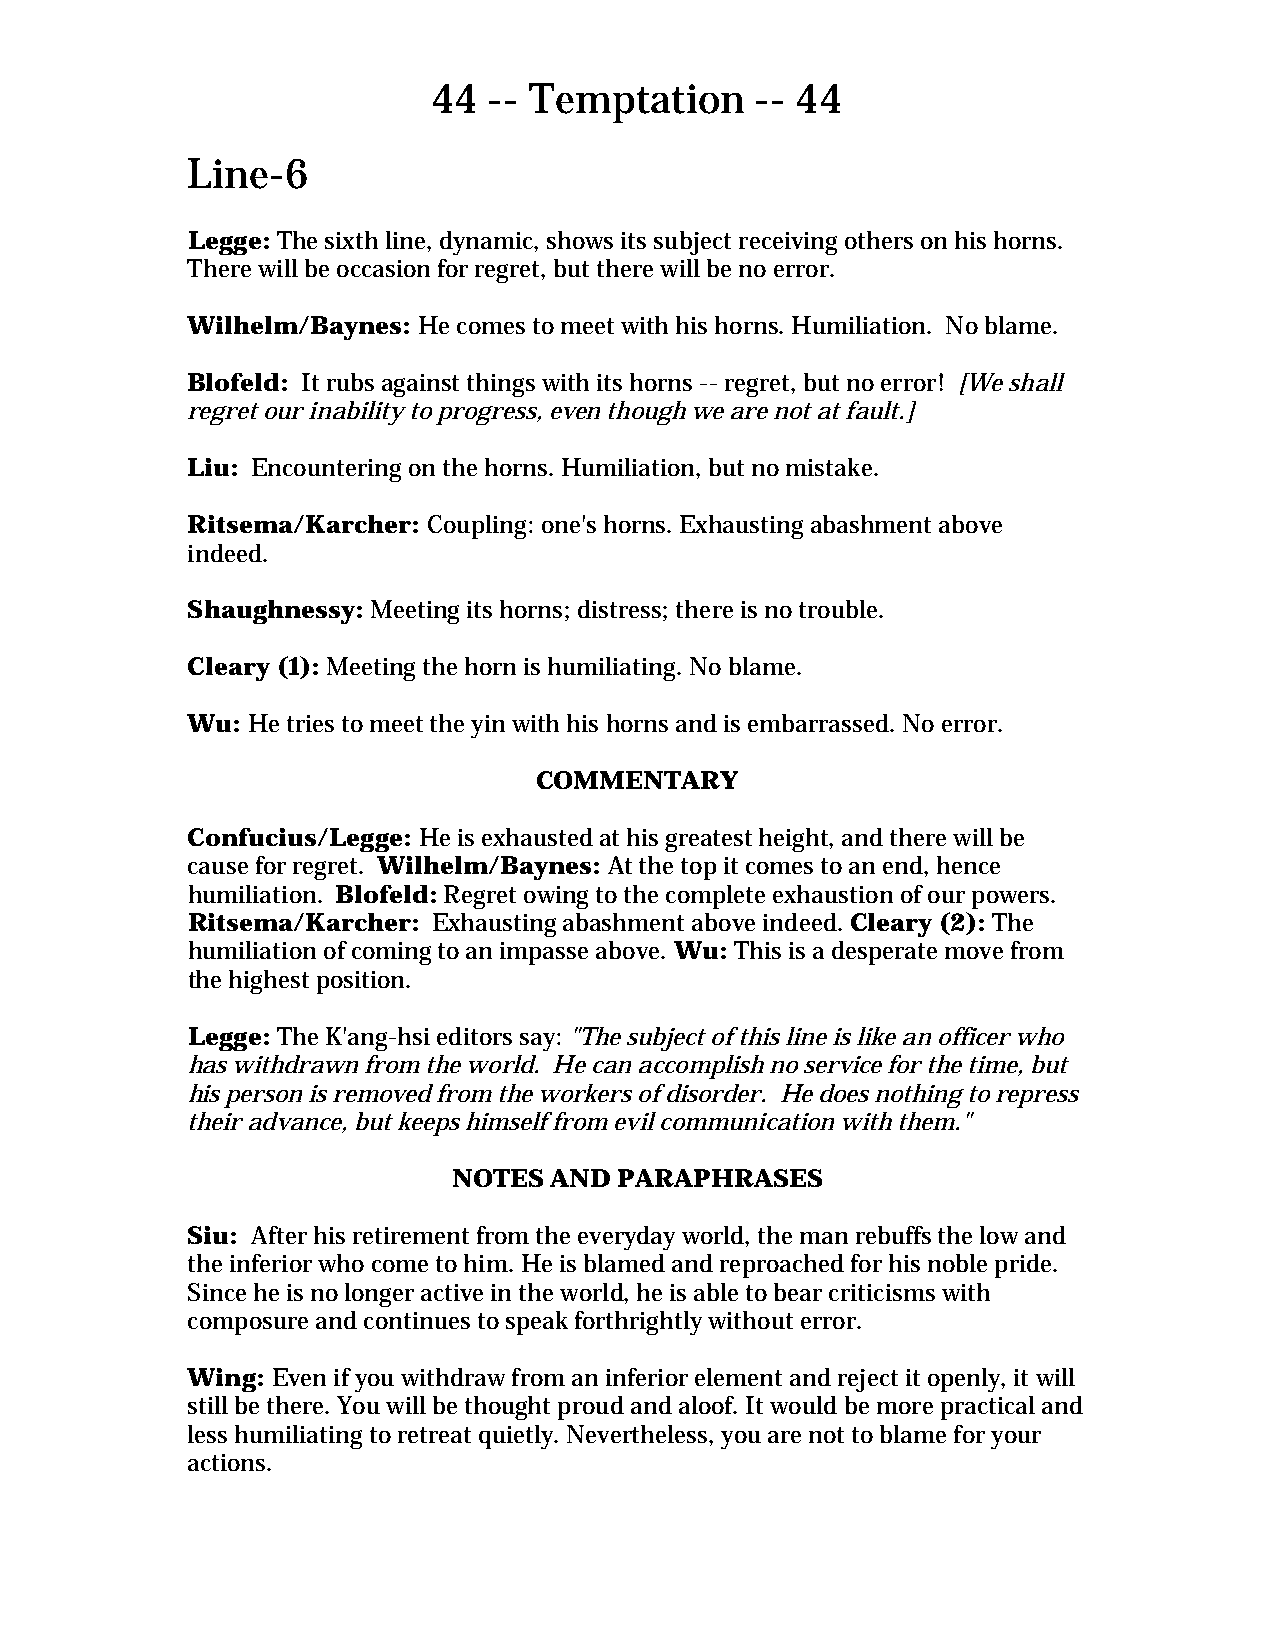
44 -- Temptation     -- 44
 Line-6
 Legge: The sixth line, dynamic, shows its subject receiving others on his horns.
 There will be occasion for regret, but there will be no error.
 Wilhelm/Baynes: He comes to meet with his horns. Humiliation. No blame.
 Blofeld: It rubs against things with its horns -- regret, but no error! [We shall
 regret our inability to progress, even though we are not at fault.]
 Liu: Encountering on the horns. Humiliation, but no mistake.
 Ritsema/Karcher: Coupling: one's horns. Exhausting abashment above
 indeed.
 Shaughnessy: Meeting its horns; distress; there is no trouble.
 Cleary (1): Meeting the horn is humiliating. No blame.
 Wu: He tries to meet the yin with his horns and is embarrassed. No error.
 COMMENTARY
 Confucius/Legge: He is exhausted at his greatest height, and there will be
 cause for regret. Wilhelm/Baynes: At the top it comes to an end, hence
 humiliation. Blofeld: Regret owing to the complete exhaustion of our powers.
 Ritsema/Karcher: Exhausting abashment above indeed. Cleary (2): The
 humiliation of coming to an impasse above. Wu: This is a desperate move from
 the highest position.
 Legge: The K'ang-hsi editors say: "The subject of this line is like an officer who
 has withdrawn from the world. He can accomplish no service for the time, but
 his person is removed from the workers of disorder. He does nothing to repress
 their advance, but keeps himself from evil communication with them."
 NOTES AND  PARAPHRASES
 Siu: After his retirement from the everyday world, the man rebuffs the low and
 the inferior who come to him. He is blamed and reproached for his noble pride.
 Since he is no longer active in the world, he is able to bear criticisms with
 composure and continues to speak forthrightly without error.
 Wing: Even if you withdraw from an inferior element and reject it openly, it will
 still be there. You will be thought proud and aloof. It would be more practical and
 less humiliating to retreat quietly. Nevertheless, you are not to blame for your
 actions.